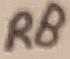
Text: R8